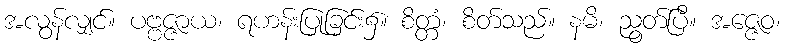
အလွန်လျှင်။ ပဗ္ဗဇ္ဇာယ၊ ရဟန်းပြုခြင်း၌။ စိတ္တံ၊ စိတ်သည်။ နမိ၊ ညွတ်ပြီ။ အဇ္ဇေဝ၊